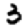
Digit: 3